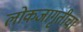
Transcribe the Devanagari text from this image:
लोकजागृतीचा